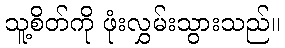
သူ့စိတ်ကို ဖုံးလွှမ်းသွားသည်။